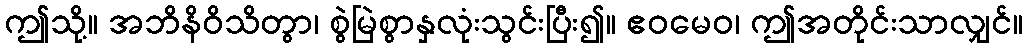
ဤသို့။ အဘိနိဝိသိတွာ၊ စွဲမြဲစွာနှလုံးသွင်းပြီး၍။ ဧဝမေဝ၊ ဤအတိုင်းသာလျှင်။